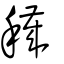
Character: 穢